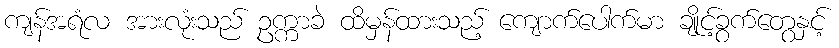
ကျန်အရံလ အားလုံးသည် ဥက္ကာခဲ ထိမှန်ထားသည့် ကျောက်ပေါက်မာ ချိုင့်ခွက်တွေနှင့်